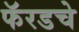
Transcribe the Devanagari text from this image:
फॅरडचे